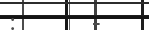
:      -